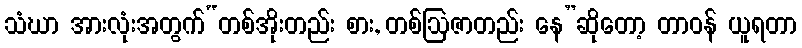
သံဃာ အားလုံးအတွက်“တစ်အိုးတည်း စား, တစ်ဩဇာတည်း နေ”ဆိုတော့ တာဝန် ယူရတာ